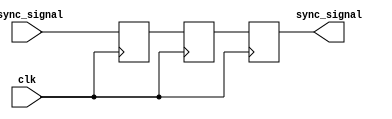
module ms_flip_flop_synchronizer (
    input wire clk,          // Clock signal
    input wire async_signal, // Asynchronous input signal
    output reg sync_signal   // Synchronized output signal
);

    // Internal signals for master and slave flip-flops
    reg master_ff;
    reg slave_ff;

    // Master Flip-Flop: Captures the async_signal on the rising edge of clk
    always @(posedge clk) begin
        master_ff <= async_signal; // Capture input signal
    end

    // Slave Flip-Flop: Captures the master_ff on the falling edge of clk
    always @(negedge clk) begin
        slave_ff <= master_ff; // Capture master output
    end

    // Output the synchronized signal
    always @(posedge clk) begin
        sync_signal <= slave_ff; // Output the synchronized signal
    end

endmodule